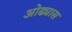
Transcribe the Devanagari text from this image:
ओढ्यास